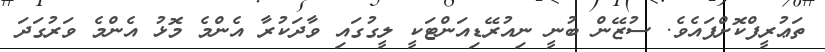
ތަޢުރީފްކޮށްފައެވެ. ސުޒޭން ބުނީ ނިއުރޭޑިއަންޓަކީ ލީގުގައި ވާދަކުރާ އެންމެ މޮޅު އެންމެ ވަރުގަދަ